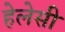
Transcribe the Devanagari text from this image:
हेलेसी